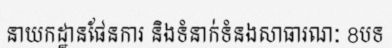
នាយកដ្ឋានផែនការ និងទំនាក់ទំនងសាធារណៈ 8បទ